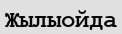
Жылыойда